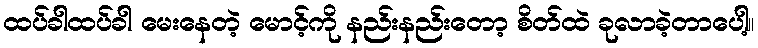
ထပ်ခါထပ်ခါ မေးနေတဲ့ မောင့်ကို နည်းနည်းတော့ စိတ်ထဲ ခုလာခဲ့တာပေါ့။